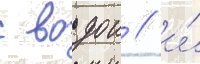
с водои / и́